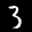
Label: 3